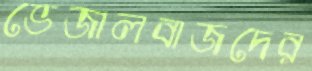
ভেজালবাজদের